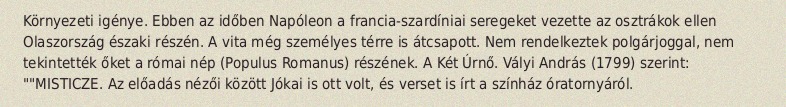
Környezeti igénye. Ebben az időben Napóleon a francia-szardíniai seregeket vezette az osztrákok ellen Olaszország északi részén. A vita még személyes térre is átcsapott. Nem rendelkeztek polgárjoggal, nem tekintették őket a római nép (Populus Romanus) részének. A Két Úrnő. Vályi András (1799) szerint: ""MISTICZE. Az előadás nézői között Jókai is ott volt, és verset is írt a színház óratornyáról.